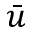
\bar { u }